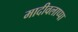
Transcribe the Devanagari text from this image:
मादीवलाप्पा